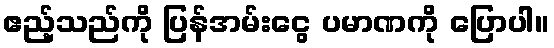
ဧည့်သည်ကို ပြန်အမ်းငွေ ပမာဏကို ပြောပါ။